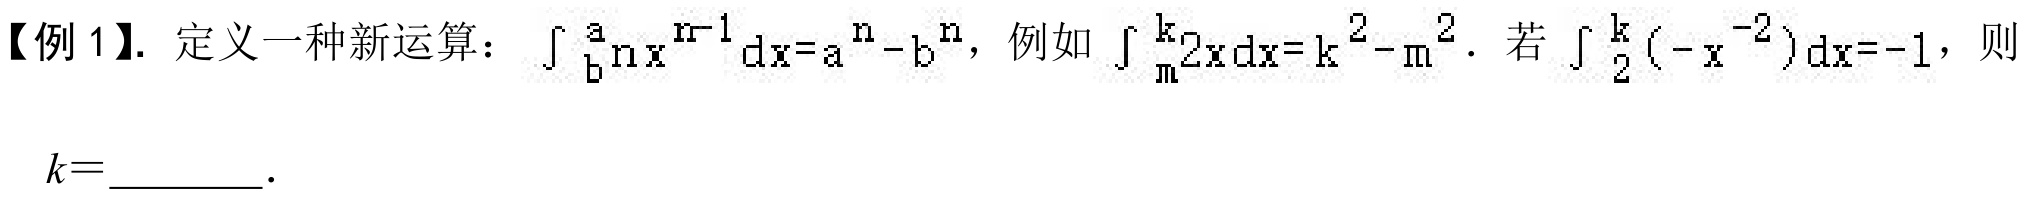
【例 1】. 定义一种新运算：\(\int_{b}^{a}nx^{n - 1}dx=a^{n}-b^{n}\)，例如\(\int_{m}^{k}2xdx=k^{2}-m^{2}\). 若\(\int_{2}^{k}(-x^{-2})dx=-1\)，则
\(k = \underline{\quad\quad}\).